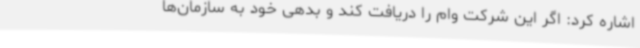
اشاره کرد: اگر این شرکت وام را دریافت کند و بدهی خود به سازمان‌ها